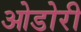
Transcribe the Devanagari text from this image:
ओडोरी